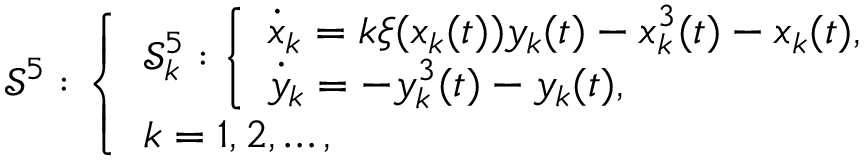
\begin{array} { r } { \ensuremath { \mathcal { S } } ^ { 5 } : \left\{ \begin{array} { l } { \ensuremath { \mathcal { S } } _ { k } ^ { 5 } : \left\{ \begin{array} { l } { \dot { x } _ { k } = k \xi ( x _ { k } ( t ) ) y _ { k } ( t ) - x _ { k } ^ { 3 } ( t ) - x _ { k } ( t ) , } \\ { \dot { y } _ { k } = - y _ { k } ^ { 3 } ( t ) - y _ { k } ( t ) , } \end{array} \right. } \\ { k = 1 , 2 , \ldots , } \end{array} \right. } \end{array}